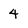
Character: 4